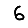
Digit: 6